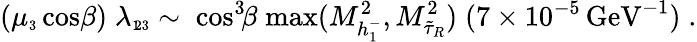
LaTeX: (\mu_{\scriptscriptstyle 3}\cos\! \beta)\; \lambda_{\scriptscriptstyle 1\! 23}\sim\; {\cos^{3}\! \! \beta}\; {\mathrm{max}(M_{h_{\scriptscriptstyle 1}^{\mathrm{-}}}^{2},M_{\tilde{\tau}_{R}}^{2})}\; (7\times 10^{-5}\, \mathrm{GeV}^{-1})\; .